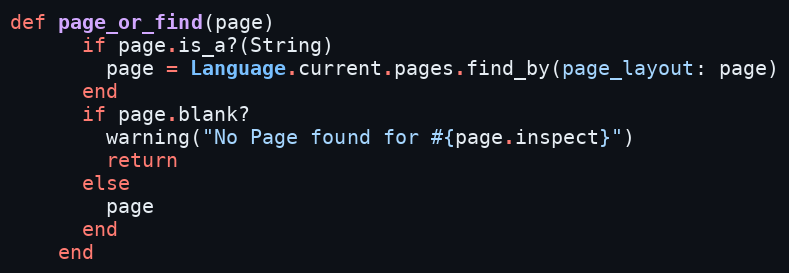
Language: Ruby
def page_or_find(page)
      if page.is_a?(String)
        page = Language.current.pages.find_by(page_layout: page)
      end
      if page.blank?
        warning("No Page found for #{page.inspect}")
        return
      else
        page
      end
    end